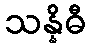
သန္နိဓီ